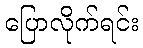
ပြောလိုက်ရင်း